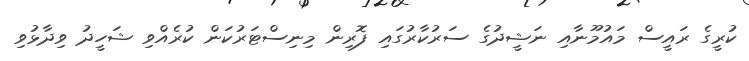
ކުރީގެ ރައީސް މައުމޫނާއި ނަޝީދުގެ ސަރުކާރުގައި ފޮރިން މިނިސްޓަރުކަން ކުރެއްވި ޝަހީދު ވިދާޅުވި